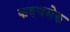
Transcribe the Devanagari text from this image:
कश्यमेरु